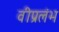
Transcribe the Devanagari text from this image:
वीप्रलंभ